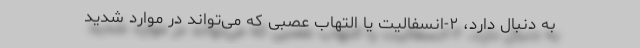
به دنبال دارد، ۲-انسفالیت یا التهاب عصبی که می‌تواند در موارد شدید